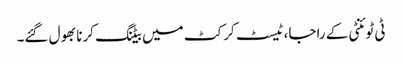
ٹی ٹوئنٹی کے راجا، ٹیسٹ کرکٹ میں بیٹنگ کرنا بھول گئے۔